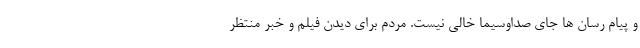
و پیام رسان ها جای صداوسیما خالی نیست. مردم برای دیدن فیلم و خبر منتظر